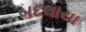
બદલાયા